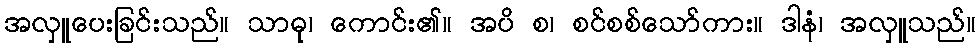
အလှူပေးခြင်းသည်။ သာဓု၊ ကောင်း၏။ အပိ စ၊ စင်စစ်သော်ကား။ ဒါနံ၊ အလှူသည်။